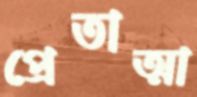
প্রেতাত্মা